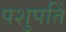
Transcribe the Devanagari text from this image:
पशुपतिं